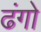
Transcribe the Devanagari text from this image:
ढंगो